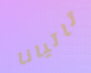
تاتيانا